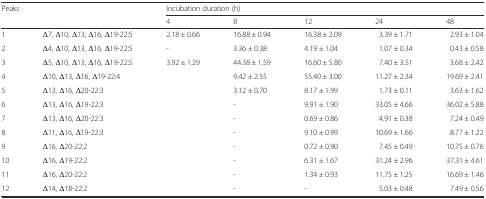
<table><thead><tr><td rowspan="2" colspan="2"><b>Peaks</b></td><td colspan="5"><b>Incubation duration (h)</b></td></tr><tr><td><b>4</b></td><td><b>8</b></td><td><b>12</b></td><td><b>24</b></td><td><b>48</b></td></tr></thead><tbody><tr><td>1</td><td>Δ7, Δ10, Δ13, Δ16, Δ19-22:5</td><td>2.18 ± 0.66</td><td>16.88 ± 0.94</td><td>16.38 ± 2.09</td><td>3.39 ± 1.71</td><td>2.93 ± 1.04</td></tr><tr><td>2</td><td>Δ4, Δ10, Δ13, Δ16, Δ19-22:5</td><td>-</td><td>3.36 ± 0.38</td><td>4.19 ± 1.04</td><td>1.07 ± 0.34</td><td>0.43 ± 0.58</td></tr><tr><td>3</td><td>Δ5, Δ10, Δ13, Δ16, Δ19-22:5</td><td>3.92 ± 1.29</td><td>44.38 ± 1.59</td><td>16.60 ± 5.80</td><td>7.40 ± 3.51</td><td>3.68 ± 2.42</td></tr><tr><td>4</td><td>Δ10, Δ13, Δ16, Δ19-22:4</td><td></td><td>9.42 ± 2.55</td><td>55.40 ± 3.00</td><td>11.27 ± 2.34</td><td>19.69 ± 2.41</td></tr><tr><td>5</td><td>Δ13, Δ16, Δ20-22:3</td><td></td><td>3.12 ± 0.70</td><td>8.17 ± 1.99</td><td>1.73 ± 0.11</td><td>3.63 ± 1.62</td></tr><tr><td>6</td><td>Δ13, Δ16, Δ19-22:3</td><td></td><td>-</td><td>9.91 ± 1.90</td><td>33.05 ± 4.66</td><td>36.02 ± 5.88</td></tr><tr><td>7</td><td>Δ13, Δ16, Δ20-22:3</td><td></td><td>-</td><td>0.69 ± 0.86</td><td>4.91 ± 0.38</td><td>7.24 ± 0.49</td></tr><tr><td>8</td><td>Δ11, Δ16, Δ19-22:3</td><td></td><td>-</td><td>9.10 ± 0.99</td><td>10.69 ± 1.66</td><td>8.77 ± 1.22</td></tr><tr><td>9</td><td>Δ16, Δ20-22:2</td><td></td><td>-</td><td>0.72 ± 0.90</td><td>7.45 ± 0.49</td><td>10.75 ± 0.76</td></tr><tr><td>10</td><td>Δ16, Δ19-22:2</td><td></td><td>-</td><td>6.31 ± 1.67</td><td>31.24 ± 2.96</td><td>37.31 ± 4.61</td></tr><tr><td>11</td><td>Δ16, Δ20-22:2</td><td></td><td>-</td><td>1.34 ± 0.93</td><td>11.75 ± 1.25</td><td>16.69 ± 1.46</td></tr><tr><td>12</td><td>Δ14, Δ18-22:2</td><td></td><td>-</td><td>-</td><td>5.03 ± 0.48</td><td>7.49 ± 0.56</td></tr></tbody></table>